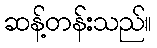
ဆန့်တန်းသည်။